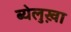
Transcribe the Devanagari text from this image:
ब्येलुख़ा